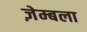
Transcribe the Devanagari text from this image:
ज़ेम्बला